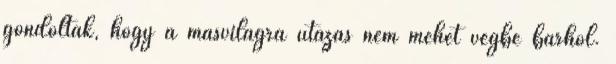
gondolták, hogy a másvilágra utazás nem mehet végbe bárhol.